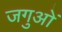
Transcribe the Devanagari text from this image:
जगुओं